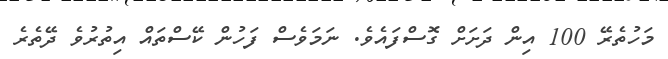
މަހުތެރޭ 100 އިން ދަށަށް ގޮސްފައެވެ. ނަމަަވެސް ފަހުން ކޭސްތައް އިތުރުވެ ދޭތެރެ